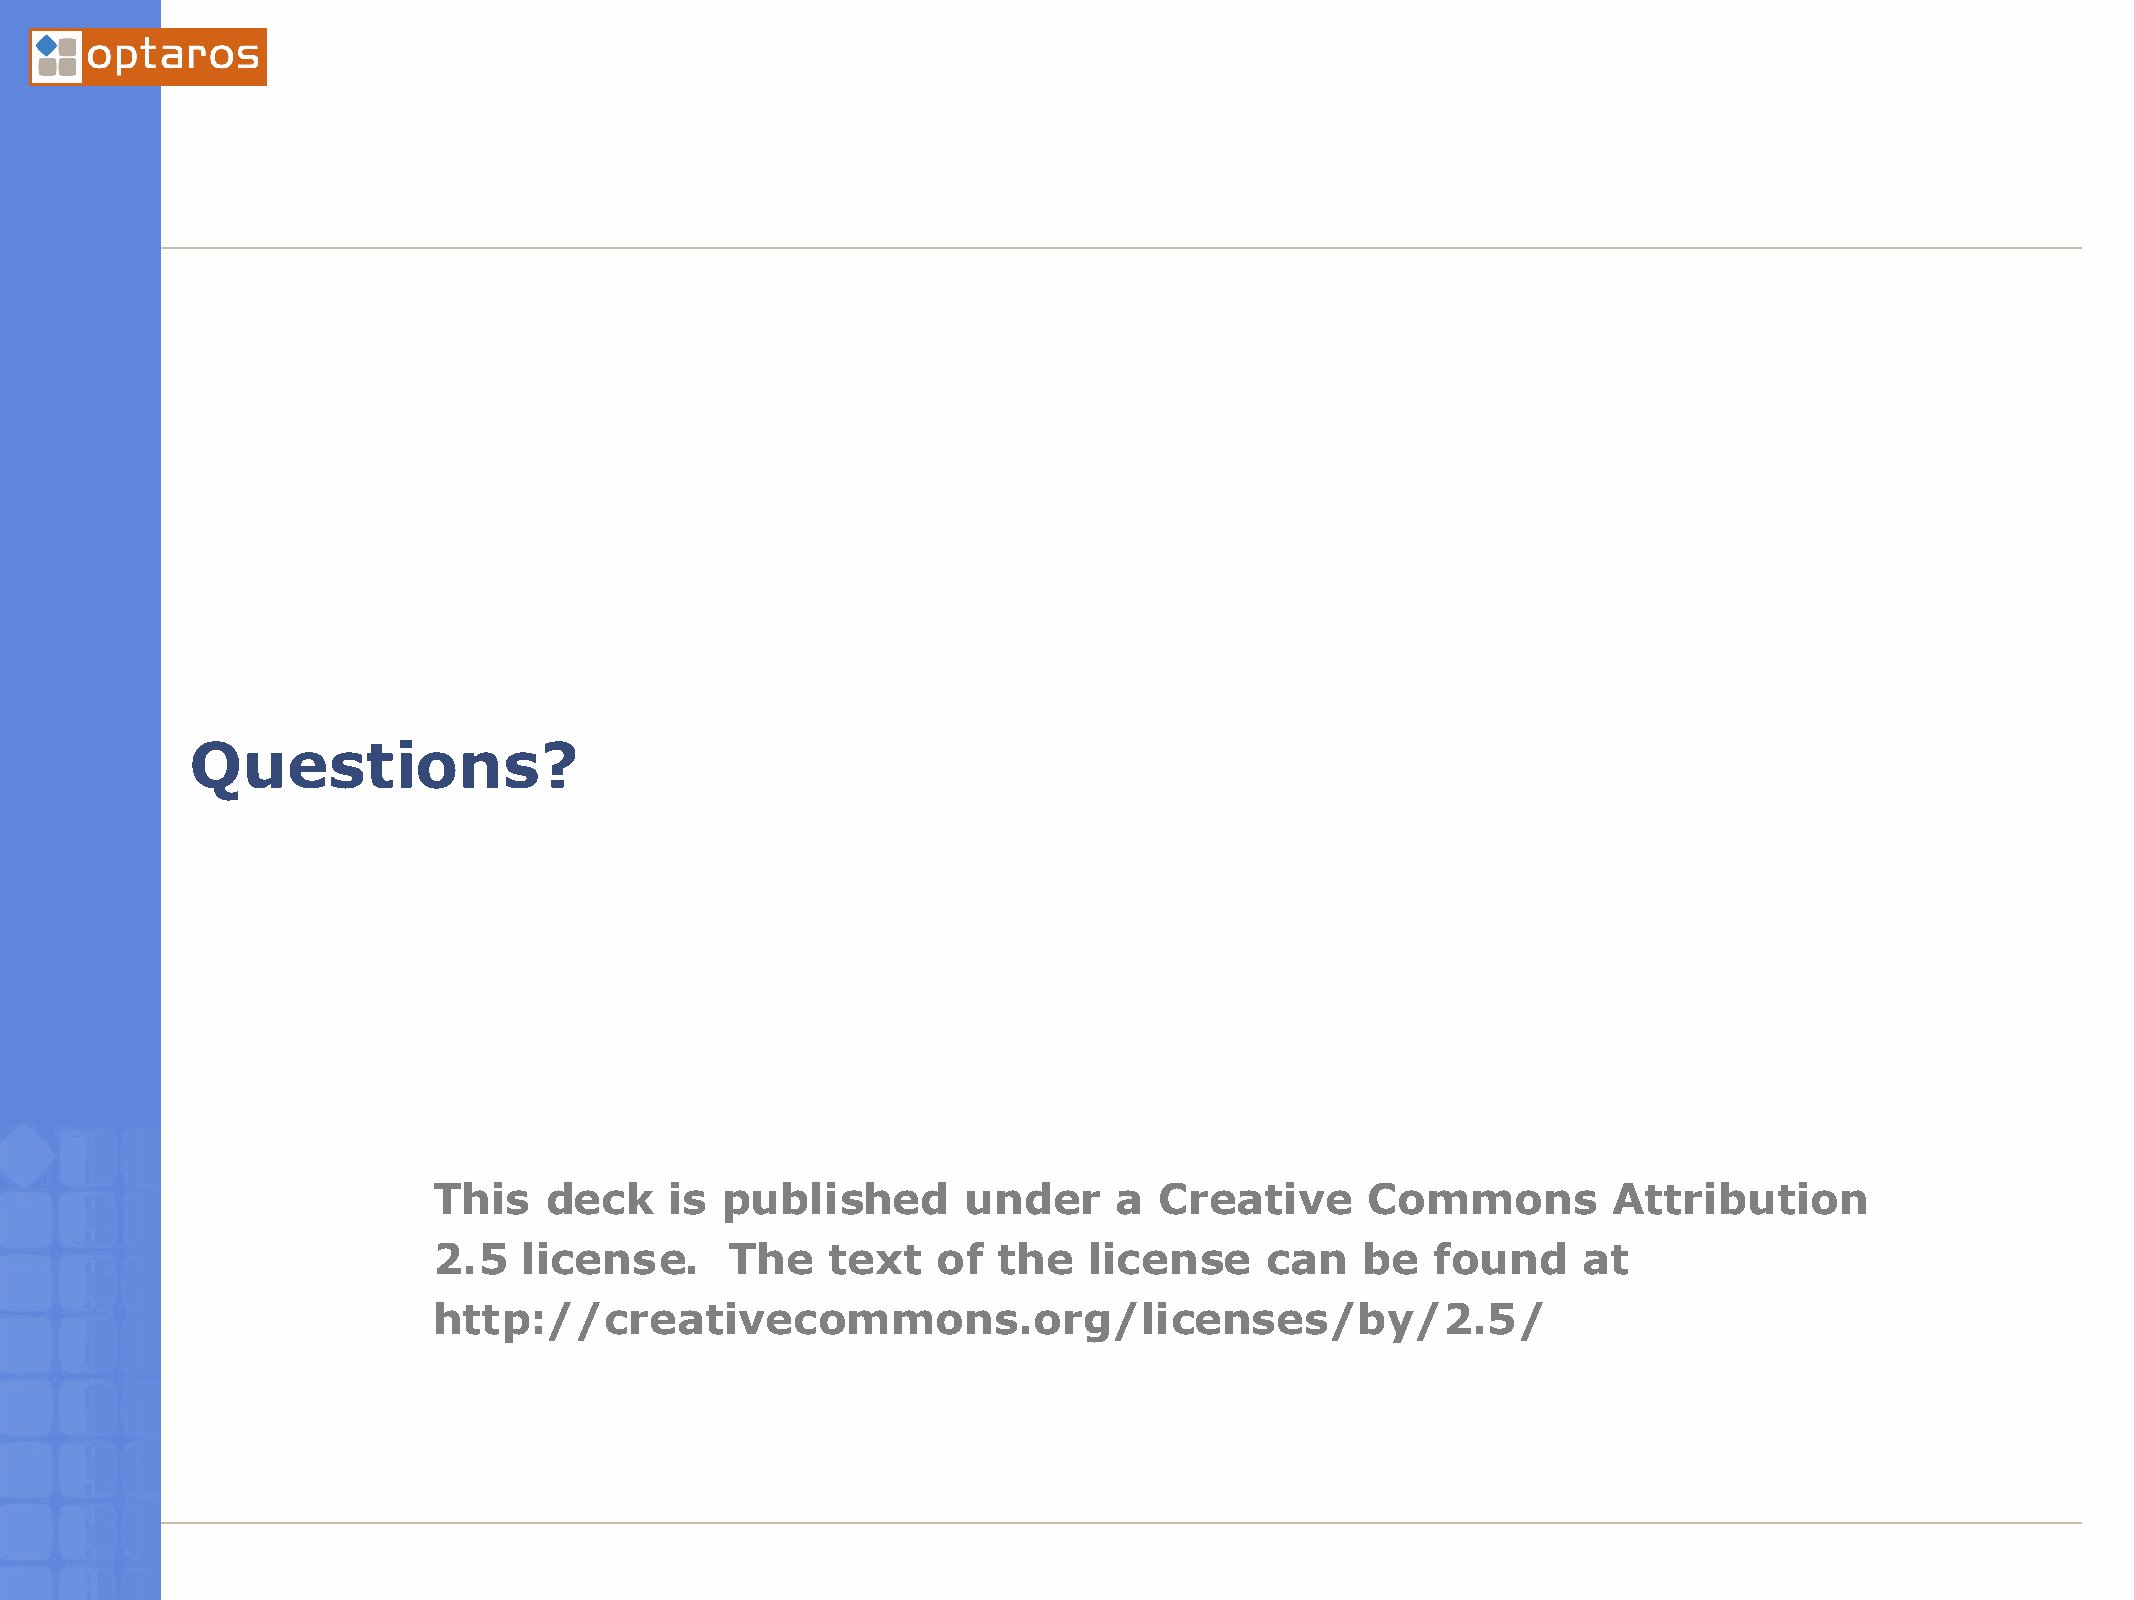
Questions?
 This   deck    is  published       under     a  Creative     Commons          Attribution
 2.5   license.     The    text   of  the   license     can   be   found     at
 http://creativecommons.org/licenses/by/2.5/
 03/21/2005